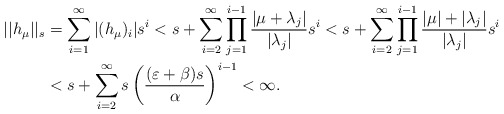
\begin{align*} ||h_\mu||_s &=\sum_{i=1}^\infty|(h_\mu)_i|s^i<s+\sum_{i=2}^\infty\prod_{j=1}^{i-1}\frac{|\mu+\lambda_j|}{|\lambda_j|}s^{i}<s+\sum_{i=2}^\infty\prod_{j=1}^{i-1}\frac{|\mu|+|\lambda_j|}{|\lambda_j|}s^{i}\\&<s+\sum_{i=2}^\infty s \left(\frac{(\varepsilon+\beta)s}{\alpha}\right)^{i-1}<\infty.\end{align*}